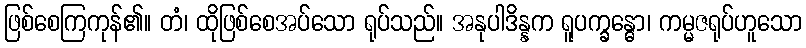
ဖြစ်စေကြကုန်၏။ တံ၊ ထိုဖြစ်စေအပ်သော ရုပ်သည်။ အနုပါဒိန္နက ရူပက္ခန္ဓော၊ ကမ္မဇရုပ်ဟူသော